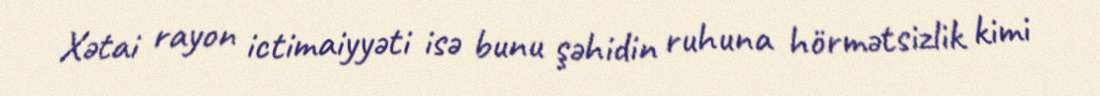
Xətai rayon ictimaiyyəti isə bunu şəhidin ruhuna hörmətsizlik kimi